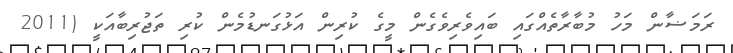
ރަމަޟާން މަހު މުބާރާތެއްގައި ބައިވެރިވެގެން މީގެ ކުރިން އަޅުގަނޑުމެން ކުރި ތަޖުރިބާއަކީ (2011